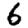
Digit: 6